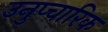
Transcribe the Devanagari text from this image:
उनुप्चारिक